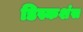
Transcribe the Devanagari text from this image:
डिस्कशंस